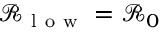
\mathcal { R } _ { \mathrm { ~ l ~ o ~ w ~ } } = \mathcal { R } _ { 0 }